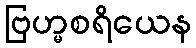
ဗြဟ္မစရိယေန